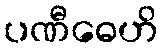
ပဏီဓေဟိ